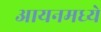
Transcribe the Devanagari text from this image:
आयनमध्ये